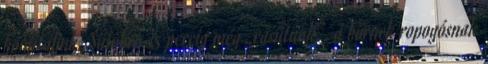
konfitáljuk. Sütőben 15 percig még „rásütünk”, a bőrnek ropogósnak